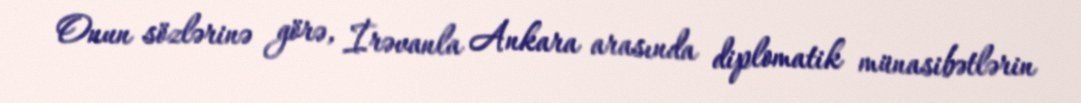
Onun sözlərinə görə, İrəvanla Ankara arasında diplomatik münasibətlərin